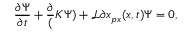
\frac { \partial \Psi } { \partial t } + \frac { \partial } ( K \Psi ) + \mathcal { L } { \partial x } _ { p x } ( x , t ) \Psi = 0 ,